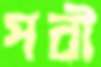
পরী